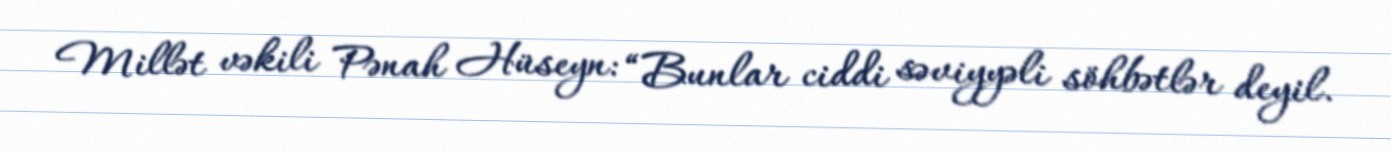
Millət vəkili Pənah Hüseyn: “Bunlar ciddi səviyyəli söhbətlər deyil.